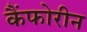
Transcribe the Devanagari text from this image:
कैंफोरीन